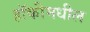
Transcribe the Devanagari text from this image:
हॉकीमधील